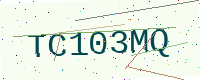
Text: TC103MQ